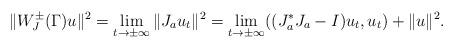
LaTeX: \begin{align*}\|W_J^\pm(\Gamma) u\|^2=\lim_{t\to\pm\infty} \|J_a u_t\|^2=\lim_{t\to\pm\infty} ((J_a^* J_a-I)u_t,u_t)+\|u\|^2 .\end{align*}